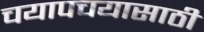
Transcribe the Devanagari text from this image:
चयापचयासाठी